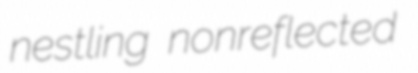
nestling nonreflected